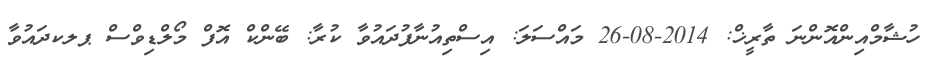
ހުޝާމްއިންއޮންނަ ތާރީޚް: 2014-08-26 މައްސަލަ: އިސްތިއުނާފުދައުވާ ކުރާ: ބޭންކް އޮފް މޯލްޑިވްސް ޕލކދައުވާ